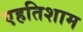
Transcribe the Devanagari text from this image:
एहतिशाम